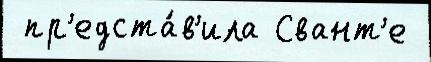
 пр'едста́в'ила Свант'е